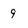
Character: 9